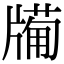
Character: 𤗩